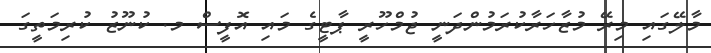
މާލޭގައި މިރޭ މުޒާހަރާކުރަމުންދަނީ ޖުމްހޫރީ ޕާޓީގެ މައި އޮފީސް މ. ކުނޫޒު ކުރިމަތީގަ